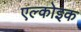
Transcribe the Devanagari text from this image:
एल्कोइक